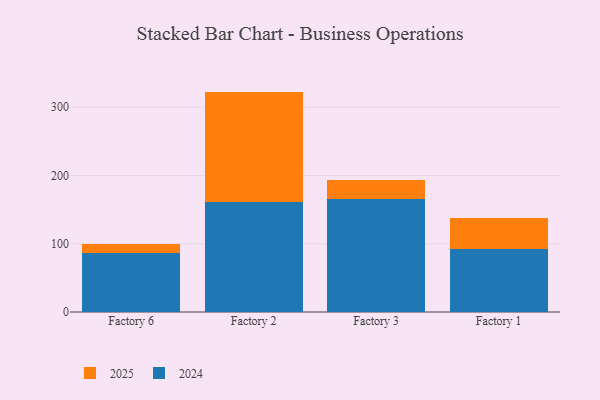
{"axis": {"x": "Factory", "y": "Energy Usage (MWh)"}, "legend": ["2024", "2025"], "data": [{"x": "Factory 6", "y": 13.0, "type": "2025"}, {"x": "Factory 6", "y": 86.2, "type": "2024"}, {"x": "Factory 2", "y": 161.6, "type": "2025"}, {"x": "Factory 2", "y": 161.4, "type": "2024"}, {"x": "Factory 3", "y": 28.7, "type": "2025"}, {"x": "Factory 3", "y": 164.9, "type": "2024"}, {"x": "Factory 1", "y": 44.2, "type": "2025"}, {"x": "Factory 1", "y": 92.9, "type": "2024"}]}